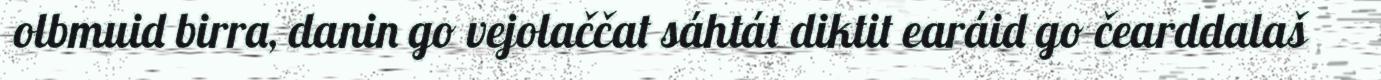
olbmuid birra, danin go vejolaččat sáhtát diktit earáid go čearddalaš